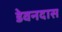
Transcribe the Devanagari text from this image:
डेवनदास